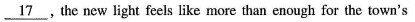
\underline{17} , the new light feels like more than enough for the town's